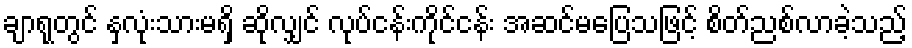
ချာရုတွင် နှလုံးသားမရှိ ဆိုလျှင် လုပ်ငန်းကိုင်ငန်း အဆင်မပြေသဖြင့် စိတ်ညစ်လာခဲ့သည့်